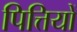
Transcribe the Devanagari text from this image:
पित्तियों